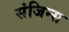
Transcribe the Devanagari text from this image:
संजिन्स